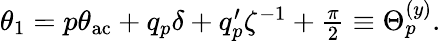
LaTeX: \begin{array}{r}{\theta_{1}=p\theta_{\mathrm{ac}}+q_{p}\delta+q_{p}^{\prime}\zeta^{-1}+\frac{\pi}{2}\equiv\Theta_{p}^{(y)}.}\end{array}